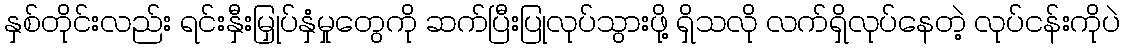
နှစ်တိုင်းလည်း ရင်းနှီးမြှုပ်နှံမှုတွေကို ဆက်ပြီးပြုလုပ်သွားဖို့ ရှိသလို လက်ရှိလုပ်နေတဲ့ လုပ်ငန်းကိုပဲ